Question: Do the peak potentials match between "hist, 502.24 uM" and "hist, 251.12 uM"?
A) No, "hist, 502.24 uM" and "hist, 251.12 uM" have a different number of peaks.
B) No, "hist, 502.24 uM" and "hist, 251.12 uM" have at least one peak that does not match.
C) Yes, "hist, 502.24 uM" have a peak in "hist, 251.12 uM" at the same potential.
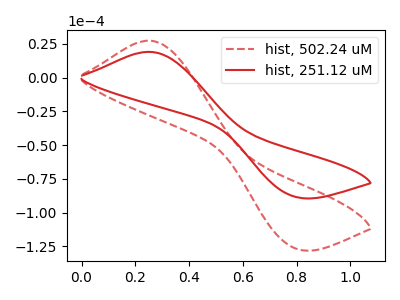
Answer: <think>The red dashed curve "hist, 502.24 uM" has an anodic peak at (0.25V, 27.45uA) and a cathodic peak at (0.80V, -126.25uA). The red curve "hist, 251.12 uM" has an anodic peak at (0.25V, 19.15uA) and a cathodic peak at (0.80V, -88.10uA).</think>
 <answer>C) Yes, "hist, 502.24 uM" have a peak in "hist, 251.12 uM" at the same potential.</answer>
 <eval>C</eval>